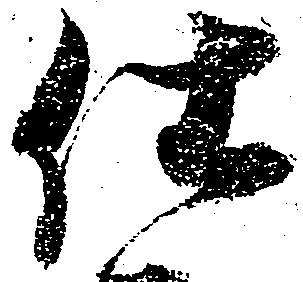
仕